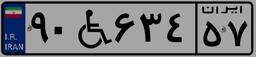
۹۰W۶۳۴۵۷